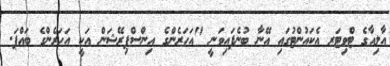
އާލިއާގެ ޓްވިޓަރ އެކައުންޓުގައި އޭނާ ބުނެފައިވަނީ "އަހަރެންގެ އިންސްޕިރޭޝަން އަކީ އަހަރެންގެ ބައްޕަ.